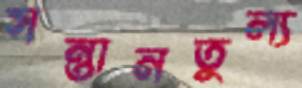
সন্তানতুল্য